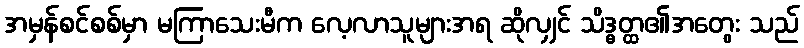
အမှန်စင်စစ်မှာ မကြာသေးမီက လေ့လာသူများအရ ဆိုလျှင် သိဒ္ဓတ္ထ၏အတွေး သည်